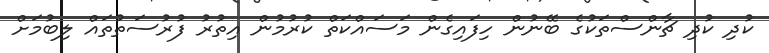
ކުދި ކުދި ޗާންސްތަކުގެ ބޭނުން ހިފައިގެން މަސައްކަތް ކުރުމުން އިތުރު ފުރުސަތުތައް ލިބުމަށް